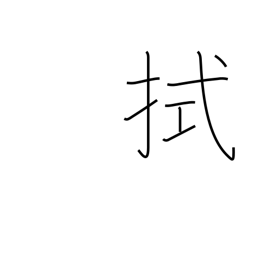
Meaning: mop